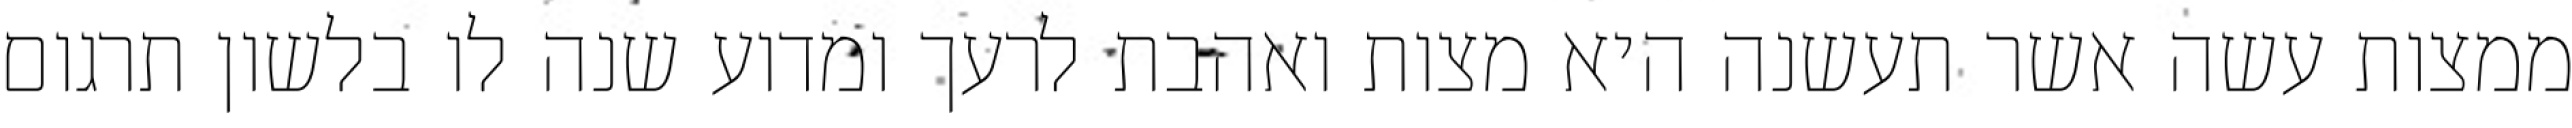
ממצות עשה אשר תעשנה היא מצות ואהבת לרעך ומדוע שנה לו בלשון תרגום